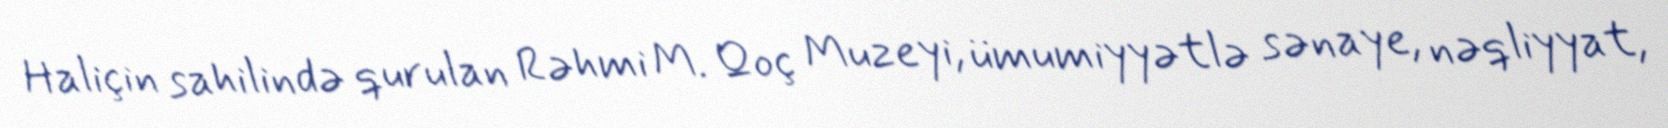
Haliçin sahilində qurulan Rəhmi M. Qoç Muzeyi, ümumiyyətlə sənaye, nəqliyyat,